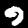
Label: 9